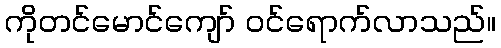
ကိုတင်မောင်ကျော် ဝင်ရောက်လာသည်။